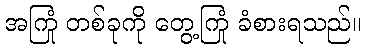
အကြုံ တစ်ခုကို တွေ့ကြုံ ခံစားရသည်။